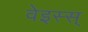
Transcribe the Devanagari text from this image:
वेइस्स्